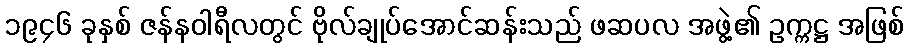
၁၉၄၆ ခုနှစ် ဇန်နဝါရီလတွင် ဗိုလ်ချုပ်အောင်ဆန်းသည် ဖဆပလ အဖွဲ့၏ ဥက္ကဋ္ဌ အဖြစ်